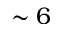
\sim 6